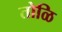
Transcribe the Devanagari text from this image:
तोळि